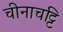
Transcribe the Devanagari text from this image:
चीनाचट्टि